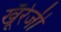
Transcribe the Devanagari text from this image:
खूँरेजी